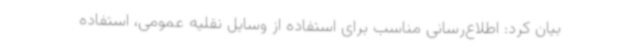
بیان کرد: اطلاع‌رسانی مناسب برای استفاده از وسایل نقلیه عمومی، استفاده